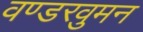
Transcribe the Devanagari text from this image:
वण्डरवुमन